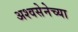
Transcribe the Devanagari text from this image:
अश्वसेनेच्या